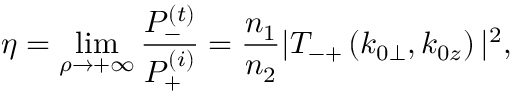
\eta = \operatorname* { l i m } _ { \rho \to + \infty } \frac { P _ { - } ^ { ( t ) } } { P _ { + } ^ { ( i ) } } = \frac { n _ { 1 } } { n _ { 2 } } | T _ { - + } \left( k _ { 0 \perp } , k _ { 0 z } \right) | ^ { 2 } ,